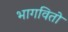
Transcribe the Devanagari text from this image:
भागवितो